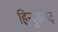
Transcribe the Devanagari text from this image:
हिन्दुसम्राट्